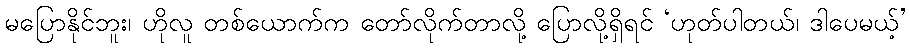
မပြောနိုင်ဘူး၊ ဟိုလူ တစ်ယောက်က တော်လိုက်တာလို့ ပြောလို့ရှိရင် ‘ဟုတ်ပါတယ်၊ ဒါပေမယ့်’